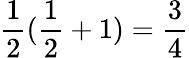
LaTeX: {\frac{1}{2}}({\frac{1}{2}}+1)={\frac{3}{4}}